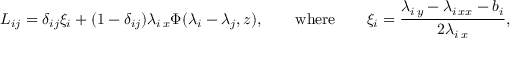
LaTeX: L _ { i j } = \delta _ { i j } \xi _ { i } + ( 1 - \delta _ { i j } ) \lambda _ { i \, x } \Phi ( \lambda _ { i } - \lambda _ { j } , z ) , \qquad \mathrm { w h e r e } \qquad \xi _ { i } = \frac { \lambda _ { i \, y } - \lambda _ { i \, x x } - b _ { i } } { 2 \lambda _ { i \, x } } ,